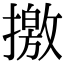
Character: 撽